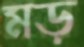
মড়